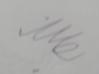
Signature authenticity: forged